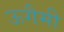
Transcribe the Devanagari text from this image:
ऊगैमी